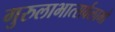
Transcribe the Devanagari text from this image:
गुरुलाभात्सर्वलाभो